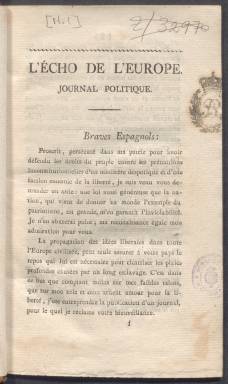
Título: L'Écho de l'Europe
Colección: Periódicos anteriores a 1850
Ámbito geográfico: Madrid
Lugar de publicación: Madrid
Fechas: 01/01/1821-31/12/1821